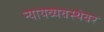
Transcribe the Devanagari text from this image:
न्यायव्यवस्थेवर